Lunatic asylums Punjab 1868-1880 - 1868-1880
Year: 1868
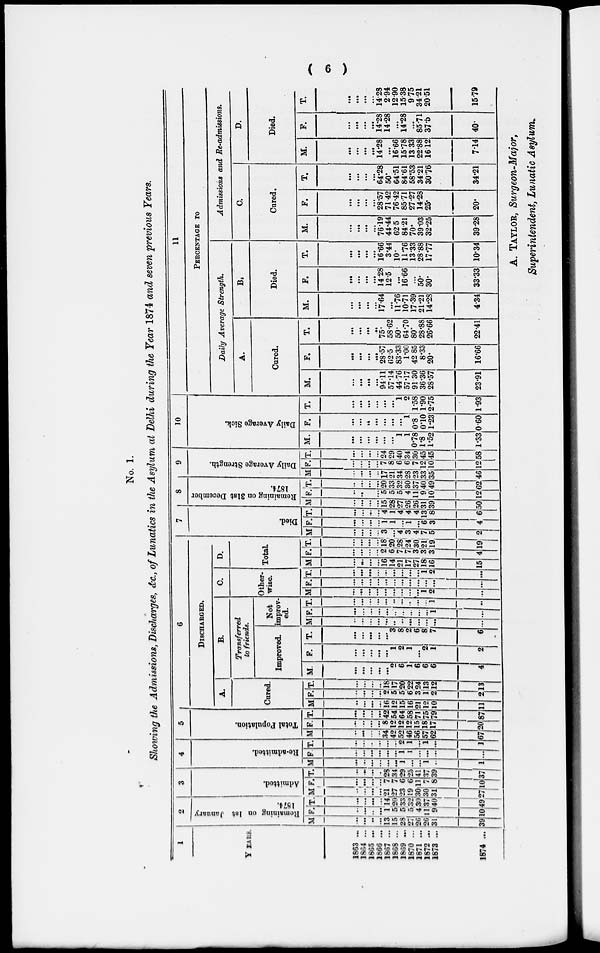
( 6 )
No. 1.
Showing the Admissions, Discharges, &c., of Lunatics in the Asylum at Delhi during the Year 1874 and seven previous Years.
1
YEARS.
1863 ...
1864 ...
1865 ...
1866 ...
1867 ...
1868 ...
1869 ...
1870 ...
1871 ...
1872 ...
1873 ...
1874 ...
2
Remaining on 1st January
1874.
M.
...
...
...
...
13
15
28
27
26
26
31
39
F.
...
...
..
...
1
5
5
5
4
11
9
10
T.
...
...
...
...
14
20
33
32
30
37
40.
49
3
Admitted.
M.
...
...
...
...
21
27
23
19
30
30
31
27
F.
...
...
...
...
7
7
6
6
11
7
8
10
T.
...
...
...
...
28
34
29
25
41
37
39
37
4
Re-admitted.
M.
...
...
...
...
...
...
1
...
...
1
...
1
F.
...
...
...
...
...
...
1
1
...
...
...
...
T.
...
...
..
...
...
...
2
1
...
1
...
1
5
Total Population.
M
...
...
...
...
34
42
52
46
56
57
62
67
F.
...
...
...
...
8
12
12
12
15
18
17
20
T.
...
...
...
...
42
54
64
58
71
75
79
87
6
DISCHARGED.
A.
Cured.
M.
...
...
...
...
16
12
15
16
21
12
10
11
F.
...
...
...
...
2
5
5
6
3
1
2
2
T.
...
...
...
...
18
17
20
22
24
13
12
13
B.
Transferred
to friends.
Improved.
M.
...
...
...
...
...
2
6
1
6
6
6
4
F.
...
...
...
...
...
1
2
1
...
2
1
2
T.
...
...
...
...
...
3
8
2
6
8
7
6
Not
improv-
ed.
M.
...
...
...
...
...
...
...
...
...
...
...
...
F.
...
...
...
...
...
...
...
...
...
...
1
...
T.
...
...
...
...
...
...
...
...
...
...
1
...
C.
Other-
wise.
M.
...
...
...
...
...
...
...
...
...
1
2
...
F.
...
...
...
...
...
...
...
...
...
...
...
...
T.
...
...
...
...
...
...
...
...
...
1
2
...
D.
Total.
M.
...
...
...
...
16
14
21
17
27
18
16
15
F.
...
...
...
...
2
6
7
7
3
3
3
4
T.
...
...
...
...
18
20
28
24
30
21
19
19
7
Died.
M.
...
...
...
...
3
...
4
3
4
7
5
2
F.
...
...
...
...
1
1
...
1
...
6
3
4
T.
...
...
...
...
4
1
4
4
4
13
8
6
8
Remaining on 31st December
1874.
M.
...
...
...
...
15
28
27
26
26
31
39
50
F.
...
...
...
...
5
5
5
4
11
9
10
12
T.
...
...
...
...
20
33
32
30
37
40
49
62
9
Daily Average Strength.
M.
...
...
...
...
17
21
34
28
23
33
35
46
F.
...
...
...
...
7
8
6
6
7
12
10
12
T.
...
...
...
...
24
29
40
34
30
45
45
58
10
Daily Average Sick.
M.
...
...
...
...
...
...
1
1
0.78
1.8
1.52
1.33
F.
...
...
...
...
...
...
...
1
0.8
0.10
1.23
0.60
T.
...
...
...
...
...
...
1
2
1.58
1.90
2.75
1.93
11
PERCENTAGE TO
Daily Average Strength.
A.
Cured.
M.
...
...
...
...
94.11
57.14
44.76
57.17
91. 30
36.36
28.57
23.91
F.
...
...
...
...
28.57
62.5
83.33
1.00
42.85
8.33
20.
16.66
T.
...
...
...
...
75
58.62
50.
64.70
80.
28.88
26.66
22.41
B.
Died.
M.
...
...
...
...
17.64
...
11.76
10.71
17.39
21.21
14.28
4.34
F.
...
...
...
...
14.28
12.5
...
16.66
...
50.
30.
33.33
T.
...
...
...
...
16.66
3.44
10.
11.76
13.33
28.88
17.77
10.34
Admissions and Re-admissions.
C.
Cured.
M.
...
...
...
...
76.19
44.44
62.5
84.21
70.
39.03
32.25
39.28
F.
...
...
...
...
28.57
71.42
76.42
85.71
27.27
14.28
25.
20.
T.
...
...
...
...
64.28
50.
64.51
84.61
58.53
34.21
30.76
34.21
D.
Died.
M.
...
...
...
...
14.28
...
16.66
15.78
13.33
22.88
16.12
714
F.
...
...
...
...
14.28
14.28
...
14.28
...
85.71
37.5
40.
T.
...
...
...
...
14.28
2.94
12.90
15.38
9.75
34.21
20.51
1579
A. TAYLOR, Surgeon.Major,
Superintendent, Lunatic Asylum.